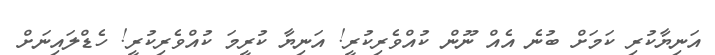
އަނިޔާކުރި ކަމަށް ބުނެ އެއް ނޫން ކުއްވެރިކުރީ! އަނިޔާ ކުރީމަ ކުއްވެރިކުރީ! ހެޑްލައިނަށް